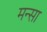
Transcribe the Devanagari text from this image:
मन्सा